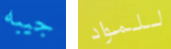
جيبه للمواد